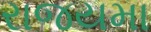
રાજયમા